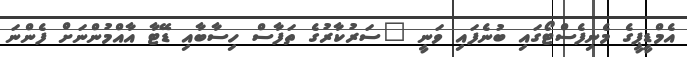
އެމްޑީޕީގެ މެނިފެސްޓޯގައި ބުނެފައި ވަނީ "ސަރުކާރުގެ ތަފާސް ހިސާބާއި ޑޭޓާ އާއްމުންނަށް ފެންނަ